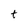
Character: t